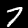
Label: 7